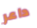
داعر